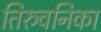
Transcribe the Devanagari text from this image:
तिरुवनिका